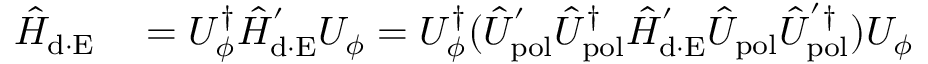
\begin{array} { r l } { \hat { H } _ { \mathrm { d \cdot E } } } & { { } = U _ { \phi } ^ { \dagger } \hat { H } _ { \mathrm { d \cdot E } } ^ { ' } U _ { \phi } = U _ { \phi } ^ { \dagger } ( \hat { U } _ { \mathrm { p o l } } ^ { ' } \hat { U } _ { \mathrm { p o l } } ^ { \dagger } \hat { H } _ { \mathrm { d \cdot E } } ^ { ' } \hat { U } _ { \mathrm { p o l } } \hat { U } _ { \mathrm { p o l } } ^ { ' \dagger } ) U _ { \phi } } \end{array}